Senior Leaving Certificate Examination (including Day School Certificate (Higher) General paper), 1950
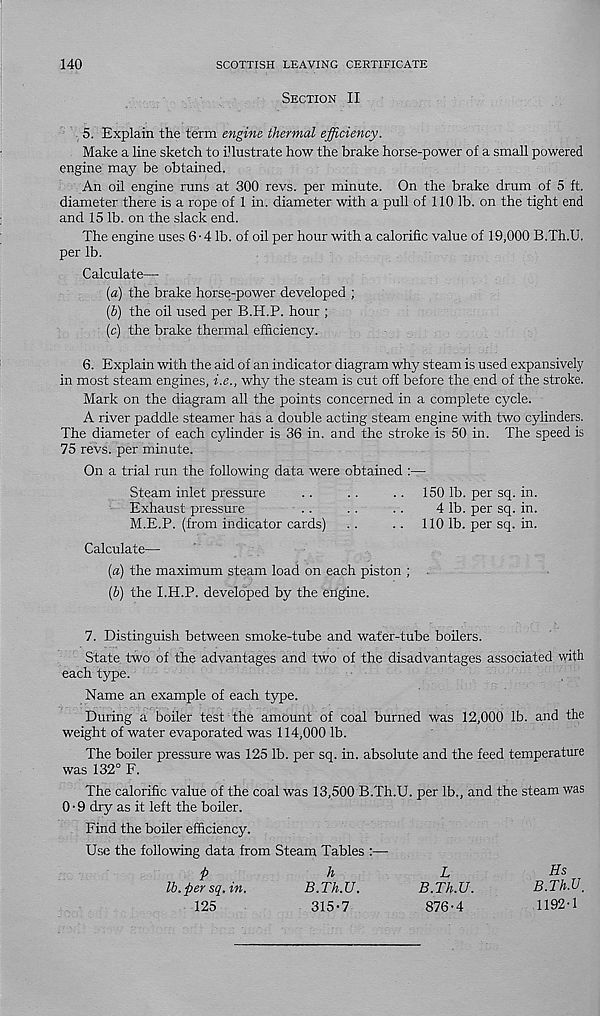
140
SCOTTISH LEAVING CERTIFICATE
Section II
5. Explain the term engine thermal efficiency.
Make a line sketch to i 1 lust rate how the brake horse-power of a small powered
engine may be obtamed.
An oil engine runs at 300 revs, per minute. On the brake drum of 5 ft.
diameter there is a rope of 1 in. diameter with a pull of 110 lb. on the tight end
and 15 lb. on the slack end.
The engine uses 6-4 lb. of oil per hour with a calorific value of 19,000 B.Th.U.
per lb.
Calculate—
(a) the brake horse-power developed ;
(h) the oil used per B.H.P. hour ;
(c) the brake thermal efficiency.
6. Explain with the aid of an indicator diagram why steam is used expansively
in most steam engines, i.e., why the steam is cut off before the end of the stroke.
Mark on the diagram all the points concerned in a complete cycle.
A river paddle steamer has a double acting steam engine with two cylinders.
The diameter of each cylinder is 36 in. and the stroke is 50 in. The speed is
75 revs, per minute.
On a trial run the following data were obtained :—
Steam inlet pressure
..
. .
.. 150 lb. per sq. in.
Exhaust pressure
..
. .
. .
4 lb. per sq. in.
M.E.P. (from indicator cards) ..
.. 110 lb. per sq. in.
Calculate—•
(a) the maximum steam load on each piston ;
[h) the I.H.P. developed by the engine.
7. Distinguish between smoke-tube and water-tube boilers.
State two of the advantages and two of the disadvantages associated with
each type.
Name an example of each type.
During a boiler test the amount of coal burned was 12,000 lb. and the
weight of water evaporated was 114,000 lb.
The boiler pressure was 125 lb. per sq. in. absolute and the feed temperature
was 132° F.
The calorific value of the coal was 13,500 B.Th.U. per lb., and the steam was
0 • 9 dry as it left the boiler.
Find the boiler efficiency.
Use the following data from Steam Tables :—
p
h
L
Hs
lb.per sq. in.
B.Th.U.
B.Th.U.
B.Th.U.
125
315*7
876-4
1192-1
L
B.Th.U.
876-4